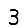
Digit: 3